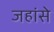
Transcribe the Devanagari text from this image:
जहांसे